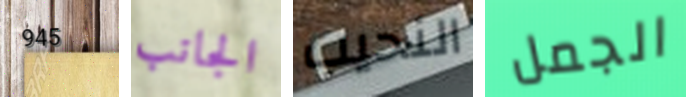
945 الجانب النحيب الجمل